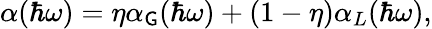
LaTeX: \alpha(\hbar\omega)=\eta\alpha_{\mathsf{G}}(\hbar\omega)+(1-\eta)\alpha_{L}(\hbar\omega),